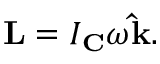
\mathbf { L } = I _ { \mathbf { C } } \omega \mathbf { \hat { k } } .